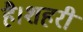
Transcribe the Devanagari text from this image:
है।शहरी